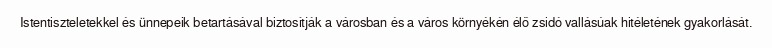
Istentiszteletekkel és ünnepeik betartásával biztosítják a városban és a város környékén élő zsidó vallásúak hitéletének gyakorlását.